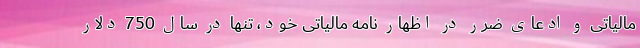
مالیاتی و ادعای ضرر در اظهار نامه مالیاتی خود، تنها در سال 750 دلار